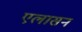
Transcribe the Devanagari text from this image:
एलासन